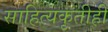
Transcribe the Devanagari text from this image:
साहित्यकृतीही